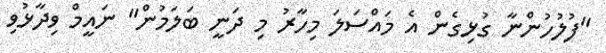
"ފުލުހުންނާ ގުޅިގެން އެ މައްސަލަ މިހާރު މި ދަނީ ބަލަމުން" ނައީމް ވިދާޅުވި